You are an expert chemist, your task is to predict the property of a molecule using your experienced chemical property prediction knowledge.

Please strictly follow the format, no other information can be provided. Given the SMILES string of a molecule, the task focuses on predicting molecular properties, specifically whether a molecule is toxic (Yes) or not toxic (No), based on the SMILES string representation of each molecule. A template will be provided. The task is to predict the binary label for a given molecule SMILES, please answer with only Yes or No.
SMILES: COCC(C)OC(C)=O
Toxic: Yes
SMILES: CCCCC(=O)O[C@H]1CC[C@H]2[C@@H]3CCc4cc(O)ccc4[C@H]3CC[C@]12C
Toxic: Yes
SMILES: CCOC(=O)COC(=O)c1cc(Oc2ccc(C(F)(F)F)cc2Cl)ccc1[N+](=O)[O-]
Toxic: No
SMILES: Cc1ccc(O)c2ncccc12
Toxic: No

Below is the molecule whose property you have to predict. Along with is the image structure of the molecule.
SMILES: Cc1cc(=O)oc2cc(O[C@@H]3SC[C@@H](O)[C@H](O)[C@H]3O)ccc12
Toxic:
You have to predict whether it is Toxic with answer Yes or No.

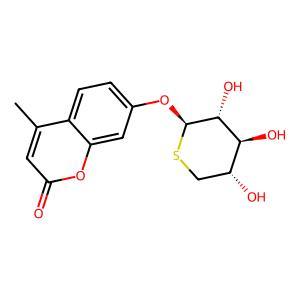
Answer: No